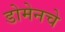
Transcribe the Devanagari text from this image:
डोमेनचे